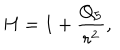
H = 1 + \frac { Q _ { 5 } } { r ^ { 2 } } ,